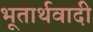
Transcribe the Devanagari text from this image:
भूतार्थवादी